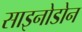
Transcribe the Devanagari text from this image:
साइनोडोन